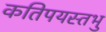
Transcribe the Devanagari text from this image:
कतिपयस्तभु